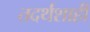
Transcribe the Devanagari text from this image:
तदर्थशाही